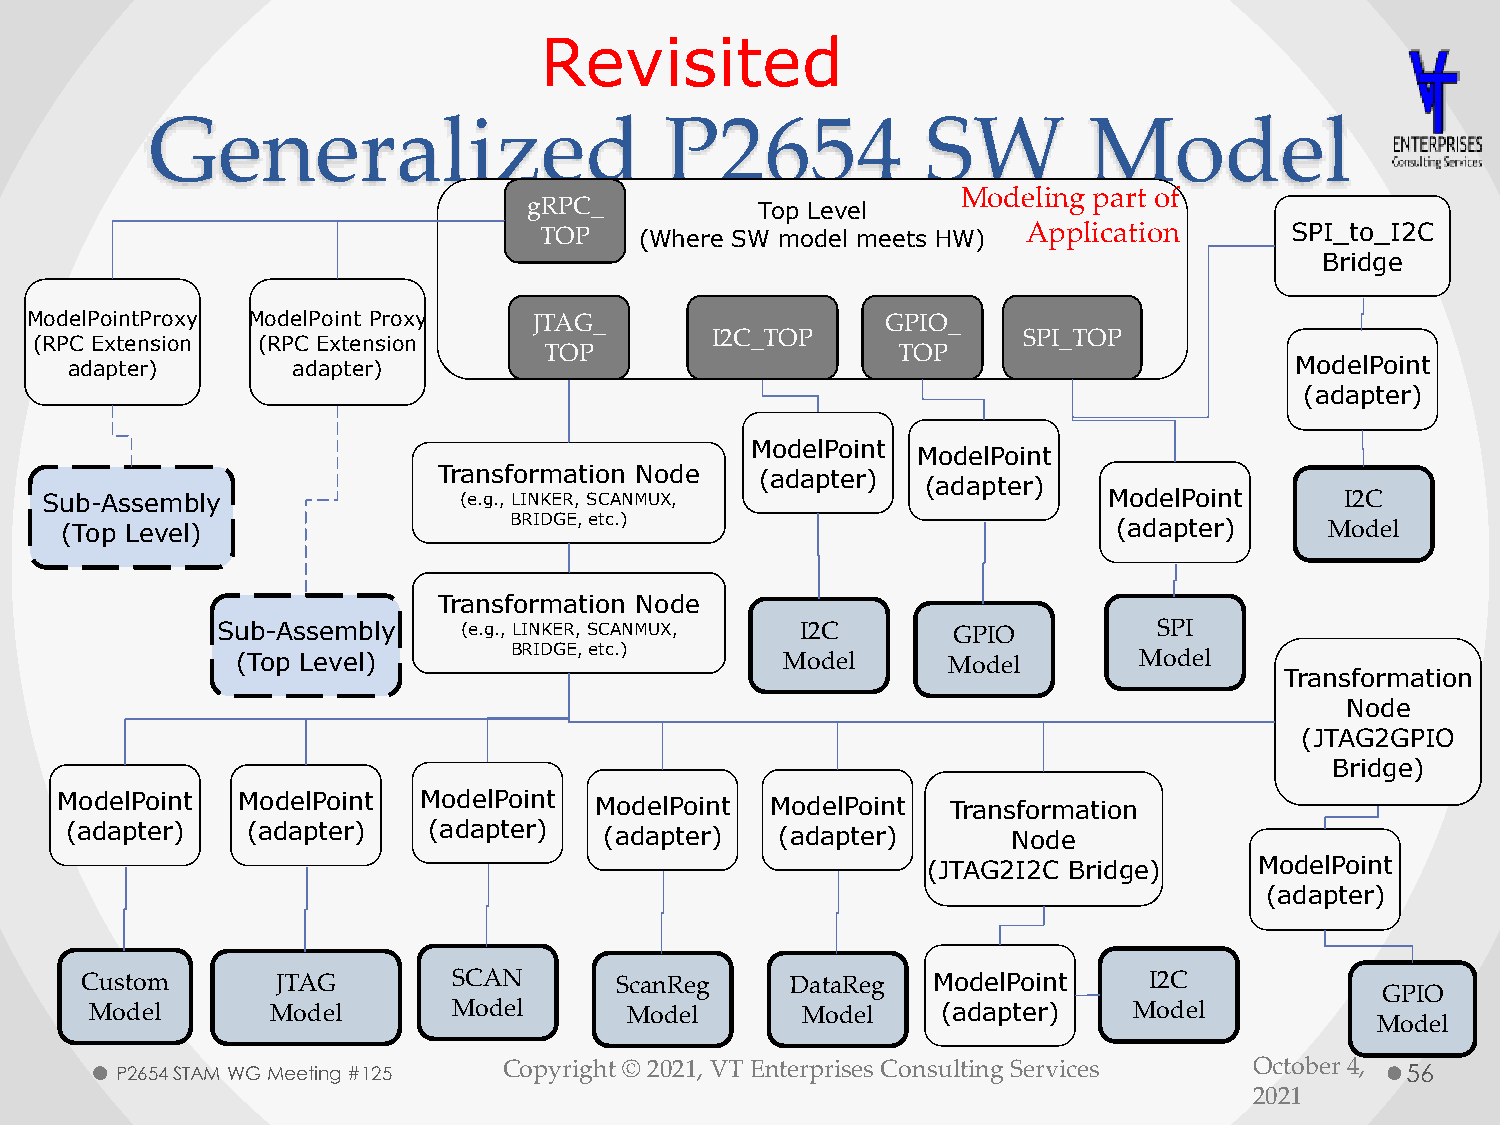
Revisited
 Generalized                       P2654            SW         Model
 Modeling part of
 gRPC_          Top Level
 TOP   (Where SW model meets HW) Application      SPI_to_I2C
 Bridge
 ModelPointProxy ModelPoint Proxy JTAG_                   GPIO_
 (RPC Extension (RPC Extension                I2C_TOP              SPI_TOP
 TOP                    TOP
 adapter)       adapter)                                                           ModelPoint
 (adapter)
 ModelPoint
 ModelPoint
 Transformation Node  (adapter)
 (adapter)
 Sub-Assembly               (e.g., LINKER, SCANMUX,                    ModelPoint      I2C
 (Top Level)                   BRIDGE, etc.)                           (adapter)     Model
 Transformation Node
 Sub-Assembly    (e.g., LINKER, SCANMUX, I2C      GPIO          SPI
 BRIDGE, etc.)
 (Top Level)                         Model      Model       Model
 Transformation
 Node
 (JTAG2GPIO
 Bridge)
 ModelPoint  ModelPoint  ModelPoint ModelPoint  ModelPoint  Transformation
 (adapter)   (adapter)   (adapter)   (adapter)   (adapter)      Node
 (JTAG2I2C Bridge)     ModelPoint
 (adapter)
 Custom       JTAG        SCAN       ScanReg    DataReg   ModelPoint    I2C
 GPIO
 Model       Model       Model      Model       Model    (adapter)    Model
 Model
 P2654 STAM WG Meeting #125 Copyright © 2021, VT Enterprises Consulting Services October 4, 56
 2021